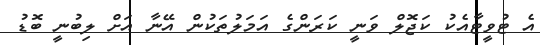
އެ ޓުވީޓާއެކު ކަޖޮލް ވަނީ ކަރަންގެ އަމަލުތަކުން އޭނާ އަށް ލިބުނީ ބޮޑު